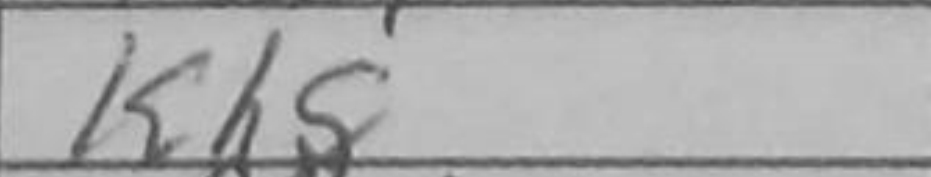
Transcription: Kh8